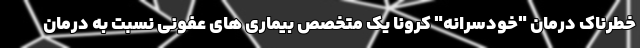
خطرناک درمان "خودسرانه" کرونا یک متخصص بیماری های عفونی نسبت به درمان